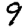
Digit: 9